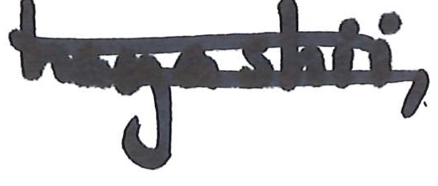
Text: hayashii,
Cross-out: double-line
Writing tool: marker